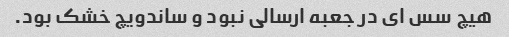
هیچ سس اى در جعبه ارسالى نبود و ساندویچ خشک بود.